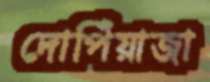
দোপিঁয়াজা